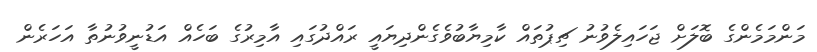
މަންމަމެންގެ ބޮލަށް ޖަހައިލެވުނު ޗިޕުތައް ކާމިޔާބުވެގެންދިޔައީ ރައްދުގައި އާމިރުގެ ބަހެއް އަޑުނީވުނުތާ އަހަރެން